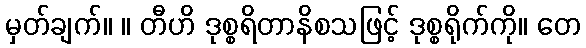
မှတ်ချက်။ ။ တီဟိ ဒုစ္စရိတာနိစသဖြင့် ဒုစ္စရိုက်ကို။ တေ